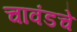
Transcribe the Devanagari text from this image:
चावंडचे